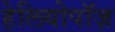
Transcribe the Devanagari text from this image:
हेलियोपॉज़